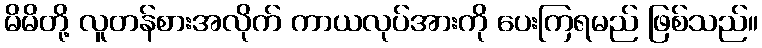
မိမိတို့ လူတန်စားအလိုက် ကာယလုပ်အားကို ပေးကြရမည် ဖြစ်သည်။